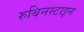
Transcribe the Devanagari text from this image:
रुबिनस्टाइन